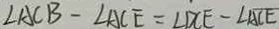
\angle A C B - \angle A C E = \angle D C E - \angle A C E